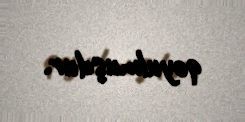
qoyulmuşdur.